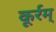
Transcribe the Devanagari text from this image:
कूर्रम्